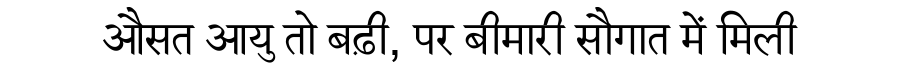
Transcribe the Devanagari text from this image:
औसत आयु तो बढ़ी, पर बीमारी सौगात में मिली